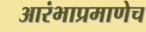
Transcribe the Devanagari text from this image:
आरंभाप्रमाणेच